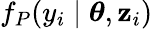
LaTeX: f_{P}(y_{i}\mid\boldsymbol{\theta},\mathbf{z}_{i})